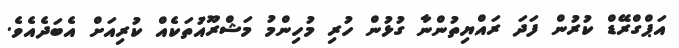
އަޕްގްރޭޑް ކުރުން ފަދަ ރައްޔިތުންނާ ގުޅުން ހުރި މުހިންމު މަޝްރޫއުތަކެއް ކުރިއަށް އެބަދެއެވެ.